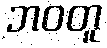
ဘဝတူ